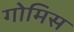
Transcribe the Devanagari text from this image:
गोमिस